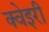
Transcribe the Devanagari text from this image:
क्वेइरी